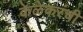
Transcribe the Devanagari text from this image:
केळेकरंची